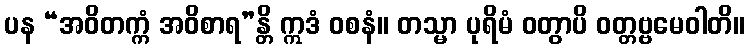
ပန “အဝိတက္ကံ အဝိစာရ”န္တိ ဣဒံ ဝစနံ။ တသ္မာ ပုရိမံ ဝတွာပိ ဝတ္တဗ္ဗမေဝါတိ။